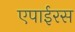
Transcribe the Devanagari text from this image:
एपाईरस